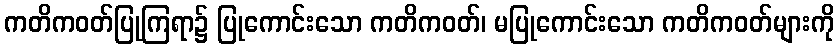
ကတိကဝတ်ပြုကြရာ၌ ပြုကောင်းသော ကတိကဝတ်၊ မပြုကောင်းသော ကတိကဝတ်များကို